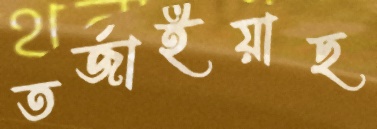
তর্জাইয়াছ